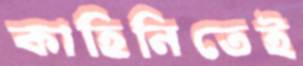
কাহিনিতেই